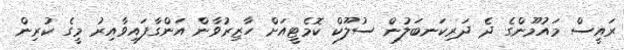
ރައީސް މައުމޫންގެ ދެ ދަރިކަނބަލުން ސުލޫކް ކޮމެޓީއަށް ހާޒިރުވާން އަންގާފައިވާއިރު މީގެ ކުރިން